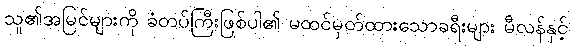
သူ၏အမြင်များကို ခံတပ်ကြီးဖြစ်ပါ၏ မထင်မှတ်ထားသောခရီးများ မီလန်နှင့်